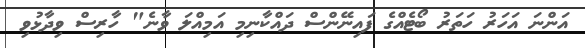
އަންނަ އަހަރު ހަތަރު ބޯޓެއްގެ ފައިނޭންސް ދައްކާނިމި އަމިއްލަ ވާނެ" ހާރިސް ވިދާޅުވި